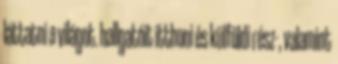
láttatni a világot. hallgatóit itthoni és külföldi rész-, valamint